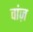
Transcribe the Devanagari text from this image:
वांज़